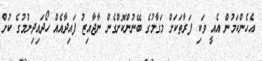
އެހެންކަމުން އެއީ ވަކި ފަރާތަކަށް މަގާމުގެ ބޭނުންކޮށްގެން ނާޖާއިޒު ފައިދާއެއް ހޯދައިދިނުމުގެ ކުށް